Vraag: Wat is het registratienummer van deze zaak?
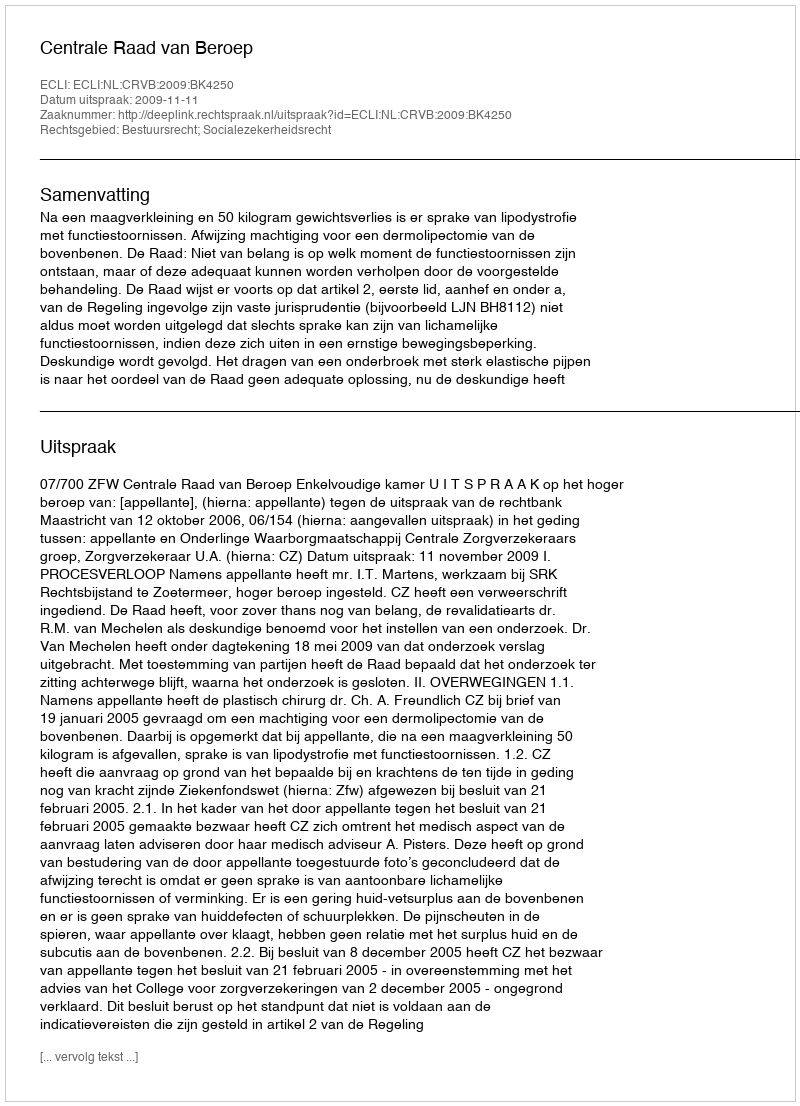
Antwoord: http://deeplink.rechtspraak.nl/uitspraak?id=ECLI:NL:CRVB:2009:BK4250